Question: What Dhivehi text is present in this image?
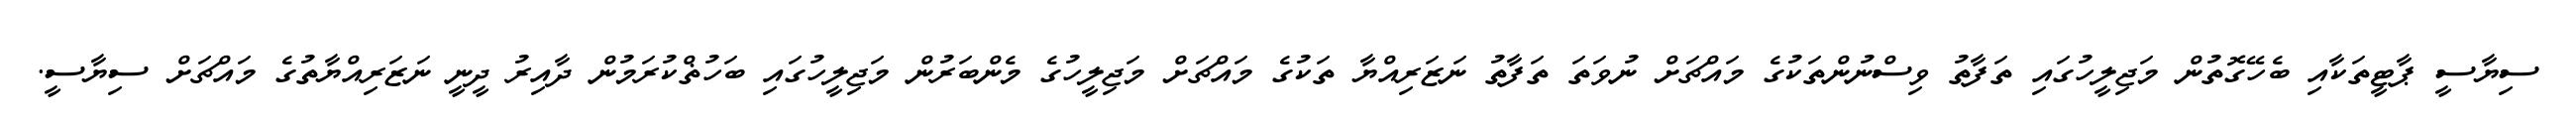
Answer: ސިޔާސީ ޕާޓީތަކާއި ބެހޭގޮތުން މަޖިލީހުގައި ތަފާތު ވިސްނުންތަކުގެ މައްޗަށް ނުވަތަ ތަފާތު ނަޒަރިއްޔާ ތަކުގެ މައްޗަށް މަޖިލީހުގެ މެންބަރުން މަޖިލީހުގައި ބަހުޡްކުރަމުން ދާއިރު ދީނީ ނަޒަރިއްޔާތުގެ މައްޗަށް ސިޔާސީ.